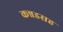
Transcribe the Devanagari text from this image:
कन्नडसह